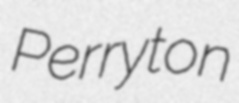
Perryton